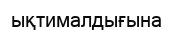
ықтималдығына